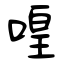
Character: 喤